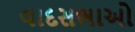
વાદસભાઓ